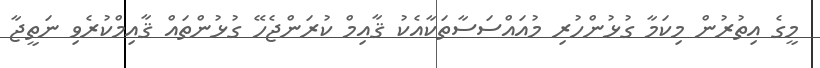
މީގެ އިތުރުން މިކަމާ ގުޅުންހުރި މުއައްސަސާތަކާއެކު ޤާއިމް ކުރަންޖެހޭ ގުޅުންތައް ޤާއިމްކުރެވި ނަތީޖާ